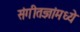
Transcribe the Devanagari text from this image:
संगीतज्ञांमध्ये